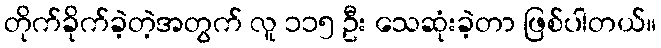
တိုက်ခိုက်ခဲ့တဲ့အတွက် လူ ၁၁၅ ဦး သေဆုံးခဲ့တာ ဖြစ်ပါတယ်။